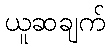
ယူဆချက်